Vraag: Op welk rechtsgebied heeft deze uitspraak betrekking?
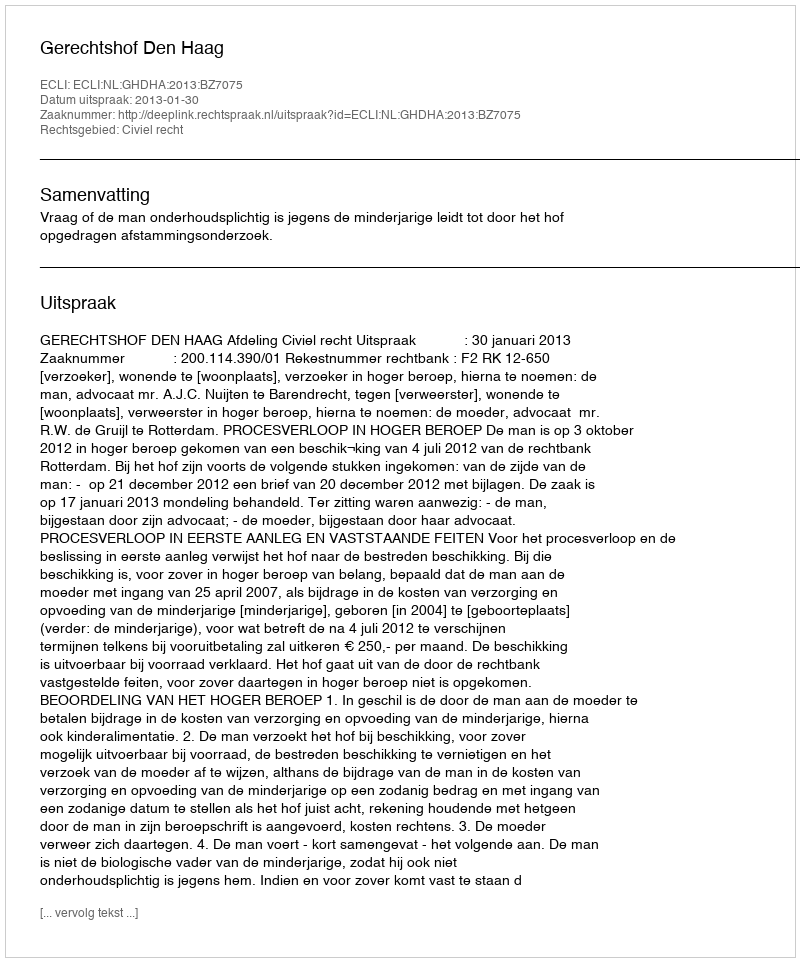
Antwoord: Civiel recht